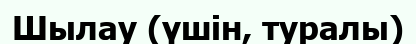
Шылау (үшін, туралы)